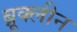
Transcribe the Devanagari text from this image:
ब्रूक्लीन